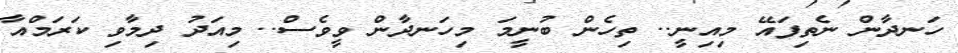
ހަނދާން ނެތިފައޭ މިއިނީ.. ތިހެން ބުނީމަ މިހަނދާން ވީވެސް.. މިއަދު ދިމާވި ކަރަމްއާ